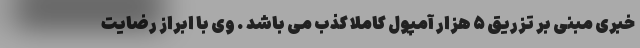
خبری مبنی بر تزریق ۵ هزار آمپول کاملا کذب می باشد . وی با ابراز رضایت